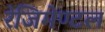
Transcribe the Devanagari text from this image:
रेजिमेण्टल